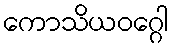
ကောသိယဝဂ္ဂေါ